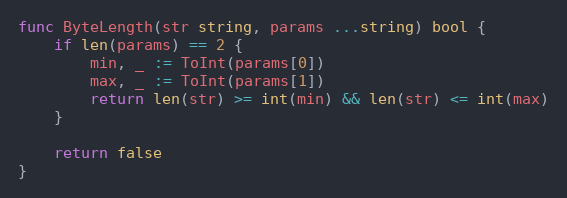
Language: Go
func ByteLength(str string, params ...string) bool {
	if len(params) == 2 {
		min, _ := ToInt(params[0])
		max, _ := ToInt(params[1])
		return len(str) >= int(min) && len(str) <= int(max)
	}

	return false
}